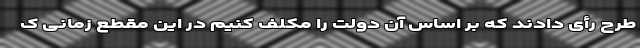
طرح رأی دادند که بر اساس آن دولت را مکلف کنیم در این مقطع زمانی ک